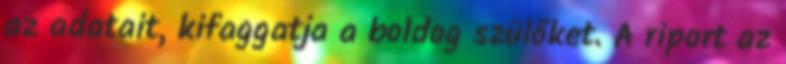
az adatait, kifaggatja a boldog szülőket. A riport az